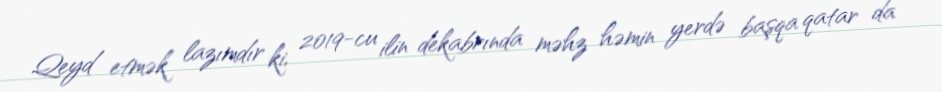
Qeyd etmək lazımdır ki, 2019-cu ilin dekabrında məhz həmin yerdə başqa qatar da